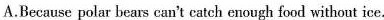
A.Because polar bears can't catch enough food without ice.